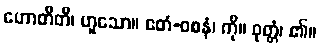
ဟောတီတိ၊ ဟူသော။ ဧတံ-ဝစနံ၊ ကို။ ဝုတ္တံ၊ ၏။